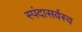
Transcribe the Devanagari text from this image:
स्पंदासर्वस्व